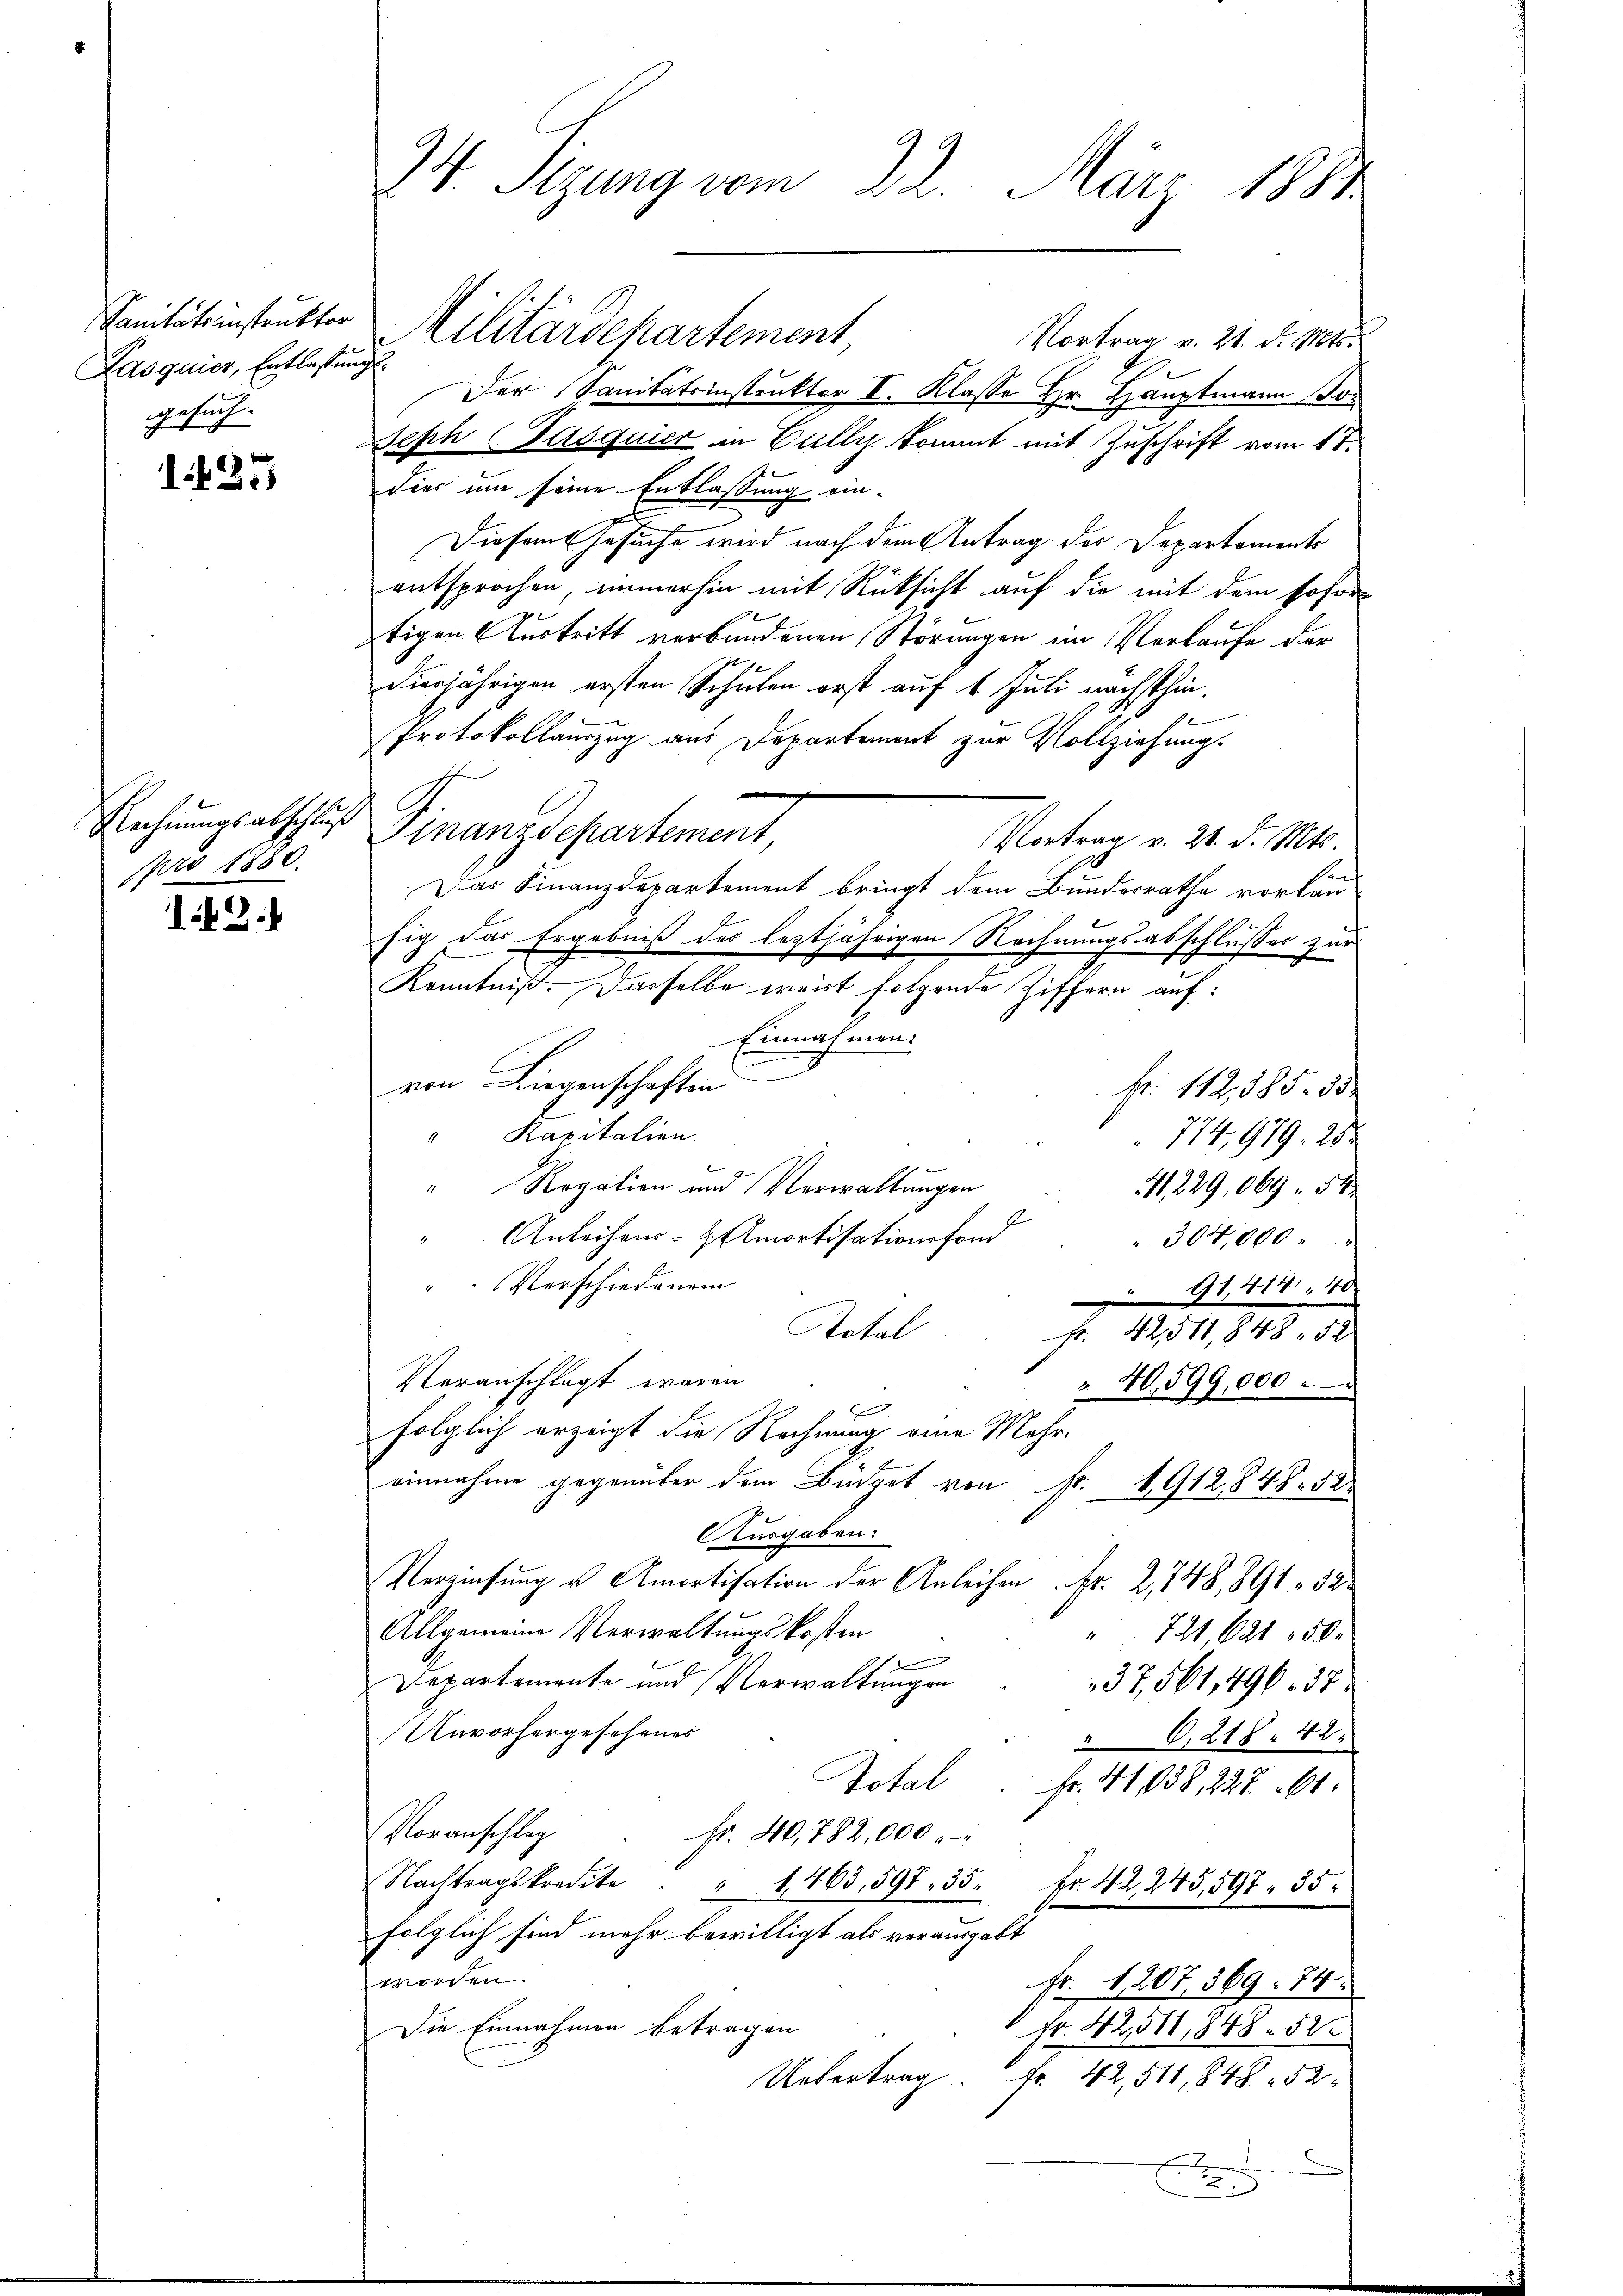
Sanitätsinstruktor
Pasquior, Entlassung
gesuch.

1427

pro 1880.

12.

24. Sizung vom 22. März 1881

Vilitärdepartement,
Vortrag v. 21. d. Mts.
Der Sanitätsinstruktor I. Klasse Hr. Hauptmann Jo
Seph Pasquier in Culli kommt mit Zuschrift vom 17.
Dies um seine Entlassung ein¬
Diesamt Gesuche wird nach dem Antrag des Departaments
entsprochen, immerhin mit Rücksicht auf die mit dem sofortigen Austritt verbundenen Störungen im Verlaufe der
dierjährigen ersten Schulen erst auf 1. Juli nächsthin.
Protokollauszug aus Departement zur Vollziehung.
Rechnungsabschluß Finanzdepartement
Vortrag v. 28. d. Mts.
Das Finanzdepartement bringt dem Bundesrathe vorlau
fig das Ergebniß des leztjährigen Rechnungsabschlusses zur
Kenntniß. Dasselbe weit folgende Ziffern auf:
Einnahmen.
e
von Liegenschaften
Fr. 112,385. d.
" Kapitalien.
774, 979. 232
" Rogation und Verwaltungen
11, 229,069. 54
Anleihens- & Amortisationsfond
" 304,000.
" Verschiedenen
91, 414. 40
Aotal
Fr. 42511,848. 52
Veranschlagt waren
40,599,000
.
folglich erzeigt die Rechnung eine Mehreinnahme gegenüber dem Büdget von Fr. 1912 848. 52.
Ausgaben:
Verziehung u Amortisation der Anleihen Fr. 2, 748,891. 52.
Allgemeine Verwaltungskosten
 721, 621 50.
Departemente und Verwaltungen
37,561,496. 37
Unvorhergesehenes
,218. 42
Total. Fr. 41, 138, 227. 61.
Voranschlag
Fr. 40, 782,000
Nachtragskredite " " 1465, 598. 35.
Fr. 42, 245,597. 35
folglich sind mehr bewilligt als verausgabt
worden.
Fr. 1207, 369. 74.
Die Einnahmen betragen
Nr. 42511,848. 52
Uebertrag Fr. 42,511,848 52
n